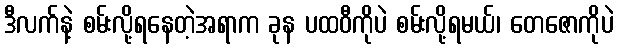
ဒီလက်နဲ့ စမ်းလို့ရနေတဲ့အရာက ခုန ပထဝီကိုပဲ စမ်းလို့ရမယ်၊ တေဇောကိုပဲ